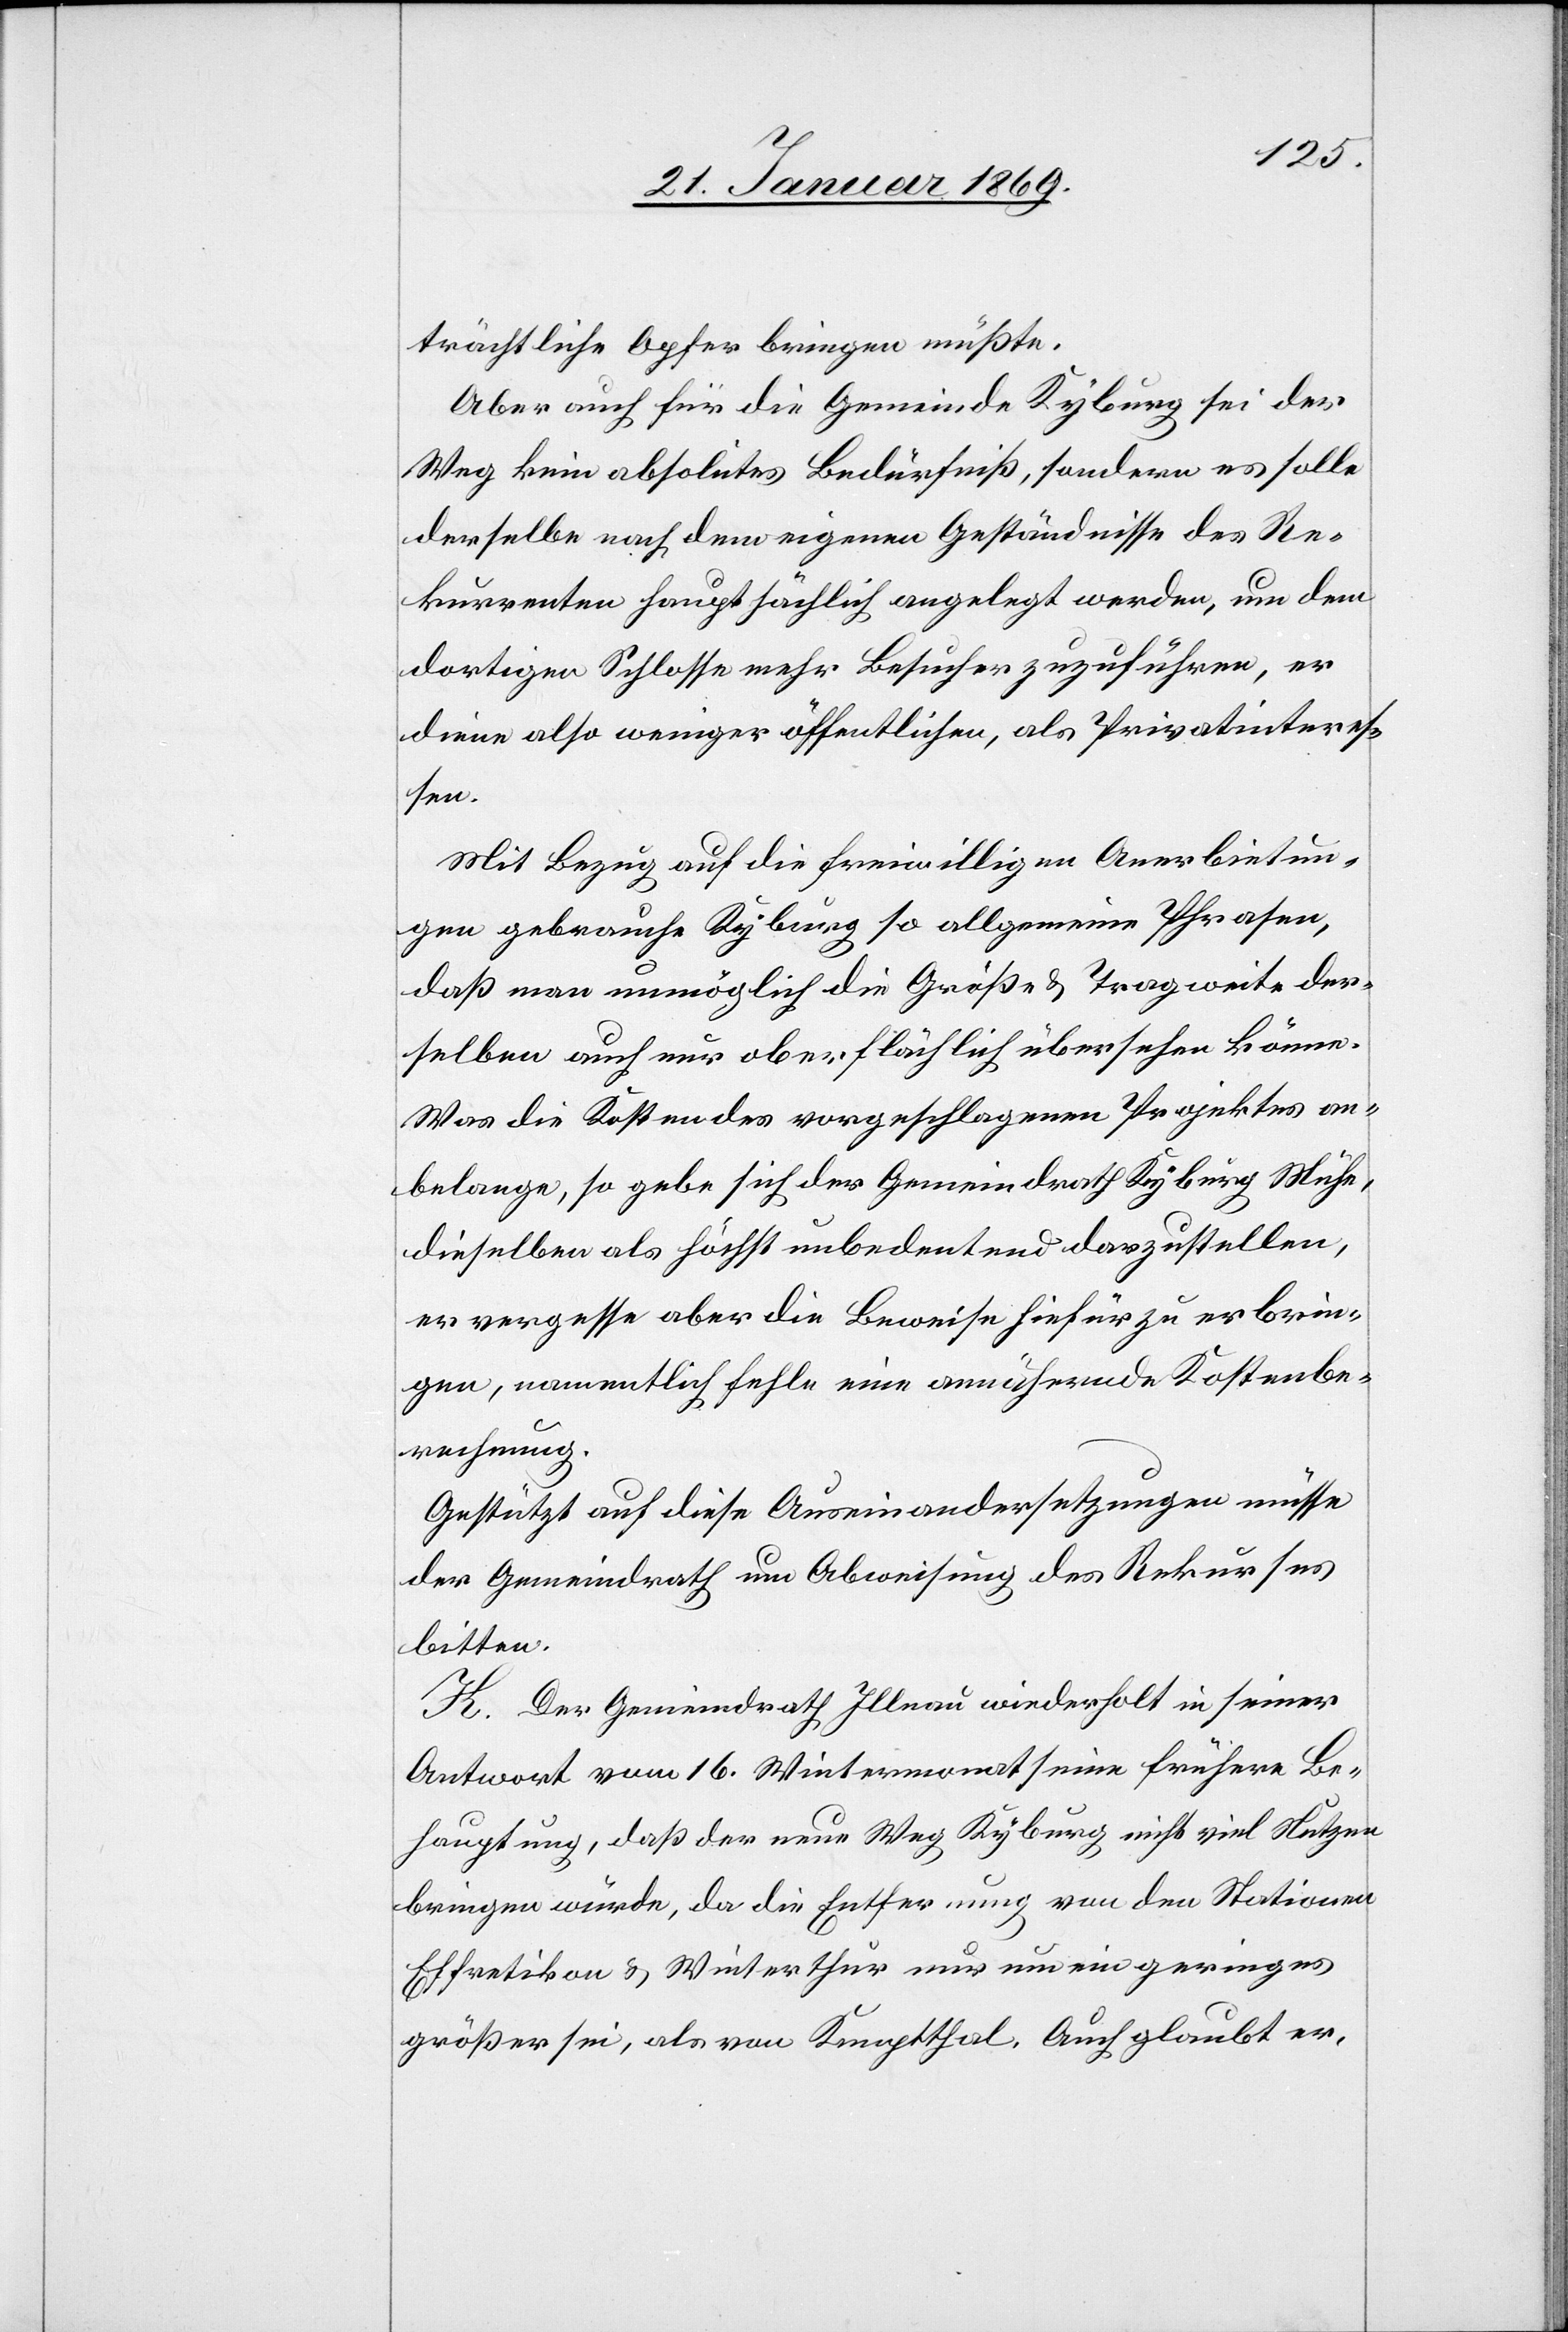
dem
trächtliche Opfer bringen müßte.
Aber auch für die Gemeinde Kyburg sei der
Weg kein absolutes Bedürfniß, sondern es solle
dortigen Schlosse mehr Besucher zuzuführen, er
diene also weniger öffentlichen, als Privatinteres¬
sen.
Mit Bezug auf die freiwilligen Anerbietun¬
gen gebrauche Kyburg so allgemeine Phrasen,
daß man unmöglich die Größe & Tragweite der¬
selben auch nur oberflächlich übersehen könne.
Was die Kosten des vorgeschlagenen Projektes an¬
belange, so gebe sich der Gemeindrath Kyburg Mühe,
dieselben als höchst unbedeutend darzustellen,
er verpasse aber die Beweise hiefür zu erbrin¬
gen, namentlich fehle eine annähernde Kostenbe¬
rechnung.
Gestützt auf diese Auseinandersetzungen müsse
der Gemeindrath um Abweisung des Rekurses
bitten.
K. Der Gemeindrath Illnau wiederholt in seiner
Antwort vom 16. Wintermonat seine frühere Be¬
hauptung, daß der neue Weg Kyburg nicht viel Nutzen
bringen würde, da die Entfernung von den Stationen
Effretikon & Winterthur nur um ein geringes
größer sei, als von Kemptthal. Auch glaubt er